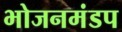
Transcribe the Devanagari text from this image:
भोजनमंडप